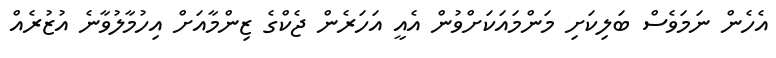
އެހެން ނަމަވެސް ބަލިކަށި މަންމައަކަށްވުން އެއީ އަހަރެން ޖެކްގެ ޒިންމާއަށް އިހުމާލުވާނެ އުޒުރެއް